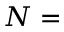
N =